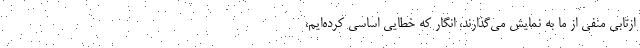
ازتابی منفی از ما به نمایش می‌گذارند، انگار که خطایی اساسی کرده‌ایم،